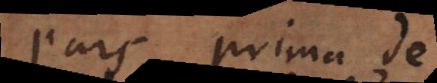
Pars prima de